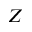
Z